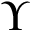
\Upsilon